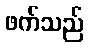
ဖက်သည်